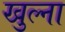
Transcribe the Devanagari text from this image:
खुल्ना